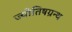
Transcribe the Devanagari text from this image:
ज्योतिषग्रन्थ